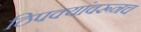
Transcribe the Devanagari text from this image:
ठिपक्यांवरूनच